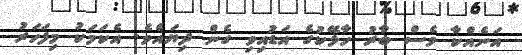
އަނެއްކާ ވެސް ބާރު ހާޅޭކުގެ އަޑުއިވި ގެން ދިޔައެވެ. އެކަމަކު މިފަހަރު